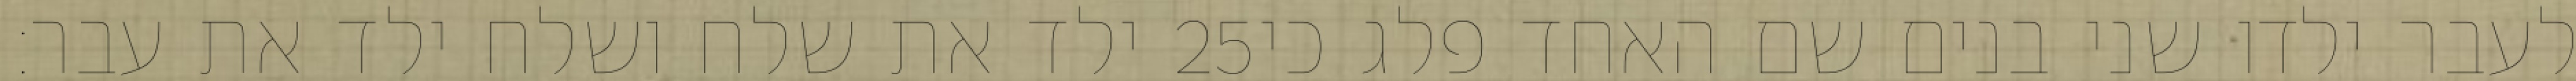
ילד את שלח ושלח ילד את עבר׃ ‎25‏ לעבר ילדו שני בנים שם האחד פלג כי